Lunatic asylums Madras 1877-1891 - 1877-1891
Year: 1877
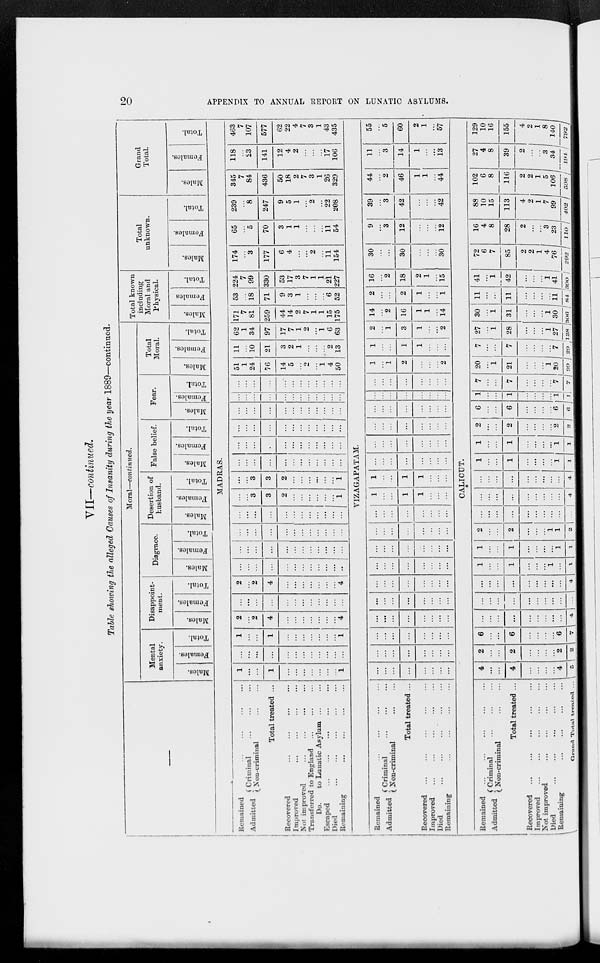
20
APPENDIX TO ANNUAL REPORT ON LUNATIC ASYLUMS.
VII—continued.
Table showing the alleged Causes of Insanity during the year 1889—continued.
—
Moral—continued.
Mental
anxiety.
Males.
Females.
Total.
Disappoint-
ment.
Males.
Females.
Total.
Disgrace.
Males.
Females.
Total.
Desertion of
husband.
Males.
Females.
Total.
False belief.
Males.
Females.
Total.
Fear.
Males.
Females.
Total.
Total
Moral.
Males.
Females.
Total.
Total known
including
Moral and
Physical.
Males.
Females
Total.
Total
unknown.
Males.
Females.
Total.
Grand
Total.
Males.
Females.
Total.
MADRAS.
Remained ... ... ... ...
Admitted
Criminal ... ... ...
Non-criminal ... ...
Total treated ...
Recovered
...
...
...
...
Improved
...
...
...
...
Not improved ... ... ... ...
Transferred to England ... ... ...
Do.
to Lunatic Asylum. ... ...
Escaped ... ... ... ... ...
Died ... ... ... ... ...
Remaining
...
...
...
...
1
...
...
1
...
...
...
...
...
...
...
1
...
...
...
...
...
...
...
...
...
...
...
...
1
...
...
1
...
...
...
...
...
...
...
1
2
...
2
4
...
...
...
...
...
...
...
4
...
...
...
...
...
...
...
...
...
...
...
...
2
...
2
4
...
...
...
...
...
...
...
4
...
...
...
...
...
...
...
...
...
...
...
...
...
...
...
...
...
...
...
...
...
...
...
...
...
...
...
...
...
...
...
...
...
...
...
...
...
...
...
...
...
...
...
...
...
...
...
...
...
...
3
3
2
...
...
...
...
...
...
1
...
...
3
3
2
...
...
...
...
...
...
1
...
...
...
...
...
...
...
...
...
...
...
...
...
...
...
...
...
...
...
...
...
...
...
...
...
...
...
...
...
...
...
...
...
...
...
...
...
...
...
...
...
...
...
...
...
...
...
...
...
...
...
...
...
...
...
...
...
...
...
...
...
...
...
...
...
...
...
...
...
...
...
...
51
1
24
76
14
5
...
2
...
1
4
50
11
...
10
21
3
2
1
...
...
...
2
13
62
1
34
97
17
7
1
2
...
1
6
63
171
7
81
259
44
14
2
7
1
1
15
175
53
...
18
71
9
3
1
...
...
...
6
52
224
7
99
330
53
17
3
7
1
1
21
227
174
...
3
177
6
4
...
...
2
...
11
154
65
...
5
70
3
1
1
...
...
...
11
54
239
...
8
247
9
5
1
...
2
...
22
208
345
7
84
436
50
18
2
7
3
1
26
329
118
...
23
141
12
4
2
...
...
...
17
106
463
7
107
577
62
22
4
7
3
1
43
435
VIZAGAPATAM.
Remained
...
...
...
...
Admitted Criminal ... ... ...
Non-criminal
...
...
Total treated ...
Recovered
...
...
...
...
...
Improved
...
...
...
...
...
Died
...
...
...
...
...
Remaining
...
...
...
...
...
...
...
...
...
...
...
...
...
...
...
...
...
...
...
...
...
...
...
...
...
...
...
...
...
...
...
...
...
...
...
...
...
...
...
...
...
...
...
...
...
...
...
...
...
...
...
...
...
...
...
...
...
...
...
...
...
...
...
...
...
...
...
...
...
...
...
...
...
...
...
...
...
...
...
...
...
...
...
...
1
...
...
1
1
...
...
...
1
...
...
1
1
...
...
...
...
...
...
...
...
...
...
...
...
...
...
...
...
...
...
...
...
...
...
...
...
...
...
...
...
...
...
...
...
...
...
...
...
...
...
...
...
...
...
...
...
...
...
...
...
...
...
...
1
...
1
2
...
...
...
2
1
...
...
1
1
...
...
...
2
...
1
3
1
...
...
2
14
...
2
16
1
1
...
14
2
...
...
2
1
...
...
1
16
...
2
18
2
1
...
15
30
...
...
30
...
...
...
30
9
...
3
12
...
...
...
12
39
...
3
42
...
...
...
42
44
...
2
46
1
1
...
44
11
...
3
14
1
...
...
13
55
...
5
60
2
1
...
57
CALICUT.
Remained
...
...
...
...
...
Admitted Criminal
...
...
...
Non-criminal ... ...
Total treated ...
Recovered
...
...
...
...
...
Improved
...
...
...
...
...
Not improved
...
...
...
...
Died
...
...
...
...
...
Remaining
...
...
...
...
Grand Total treated ...
4
...
...
4
...
...
...
...
4
5
2
...
...
2
...
...
...
...
2
2
6
...
...
6
...
...
...
...
6
7
...
...
...
...
...
...
...
...
...
4
...
...
...
...
...
...
...
...
...
...
...
...
...
...
...
...
...
...
...
4
1
...
...
1
...
...
...
1
...
1
1
...
...
1
...
...
...
...
1
1
2
...
...
2
...
...
...
1
1
2
...
...
...
...
...
...
...
...
...
...
...
...
...
...
...
...
...
...
...
4
...
...
...
...
...
...
...
...
...
4
1
...
...
1
...
...
...
...
1
1
1
...
...
1
...
...
...
...
1
1
2
...
...
2
...
...
...
...
2
2
6
...
...
6
...
...
...
...
6
6
1
...
...
1
...
...
...
...
1
1
7
...
...
7
...
...
...
...
7
7
20
...
1
21
...
...
...
1
20
99
7
...
...
7
...
...
...
...
7
29
27
...
1
28
...
...
...
1
27
128
30
...
1
31
...
...
...
1
30
306
11
...
...
11
...
...
...
...
11
84
41
...
1
42
...
...
...
1
41
390
72
6
7
85
2
2
1
4
76
292
16
4
8
28
2
...
...
3
23
110
88
10
15
113
4
2
1
7
99
402
102
6
8
116
2
2
1
5
106
598
27
4
8
39
2
...
...
3
34
194
129
10
16
155
4
2
1
8
140
792